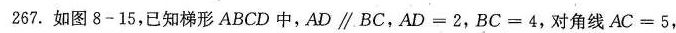
267.如图8-15,已知梯形 ABCD 中,AD∥ BC,AD =2,BC=4,对角线 AC =5,